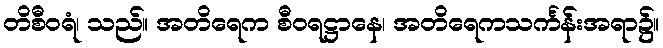
တိစီဝရံ၊ သည်။ အတိရေက စီဝရဋ္ဌာနေ၊ အတိရေကသင်္ကန်းအရာ၌။